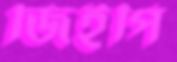
জিইপি